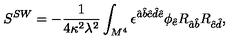
S ^ { S W } = - \frac { 1 } { 4 \kappa ^ { 2 } \lambda ^ { 2 } } \int _ { M ^ { 4 } } \epsilon ^ { \hat { a } \hat { b } \hat { c } \hat { d } \hat { e } } \phi _ { \hat { e } } R _ { \hat { a } \hat { b } } R _ { \hat { c } \hat { d } } ,